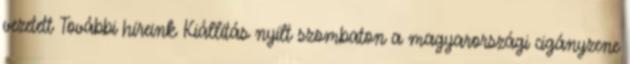
vezetett További híreink Kiállítás nyílt szombaton a magyarországi cigányzene